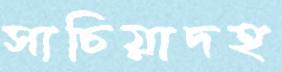
সাচিয়াদহ